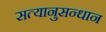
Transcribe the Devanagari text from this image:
सत्यानुसन्धान